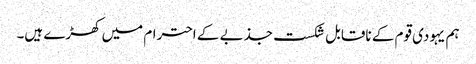
ہم یہودی قوم کے ناقابل شکست جذبے کے احترام میں کھڑے ہیں۔